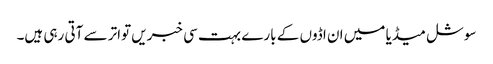
سوشل میڈیا میں ان اڈوں کے بارے بہت سی خبریں تواتر سے آتی رہی ہیں۔